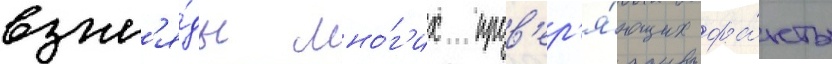
взгл'я́ды мно́г'их пров'ер'я́ющих фа́кты